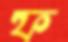
ফ